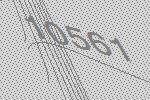
10561